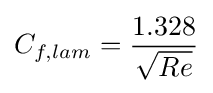
C_{f,lam}={\frac {1.328}{\sqrt {Re}}}